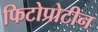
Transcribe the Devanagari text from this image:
फिटोप्रोटीन